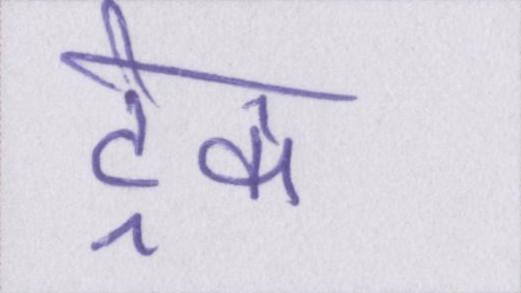
ट्रेक